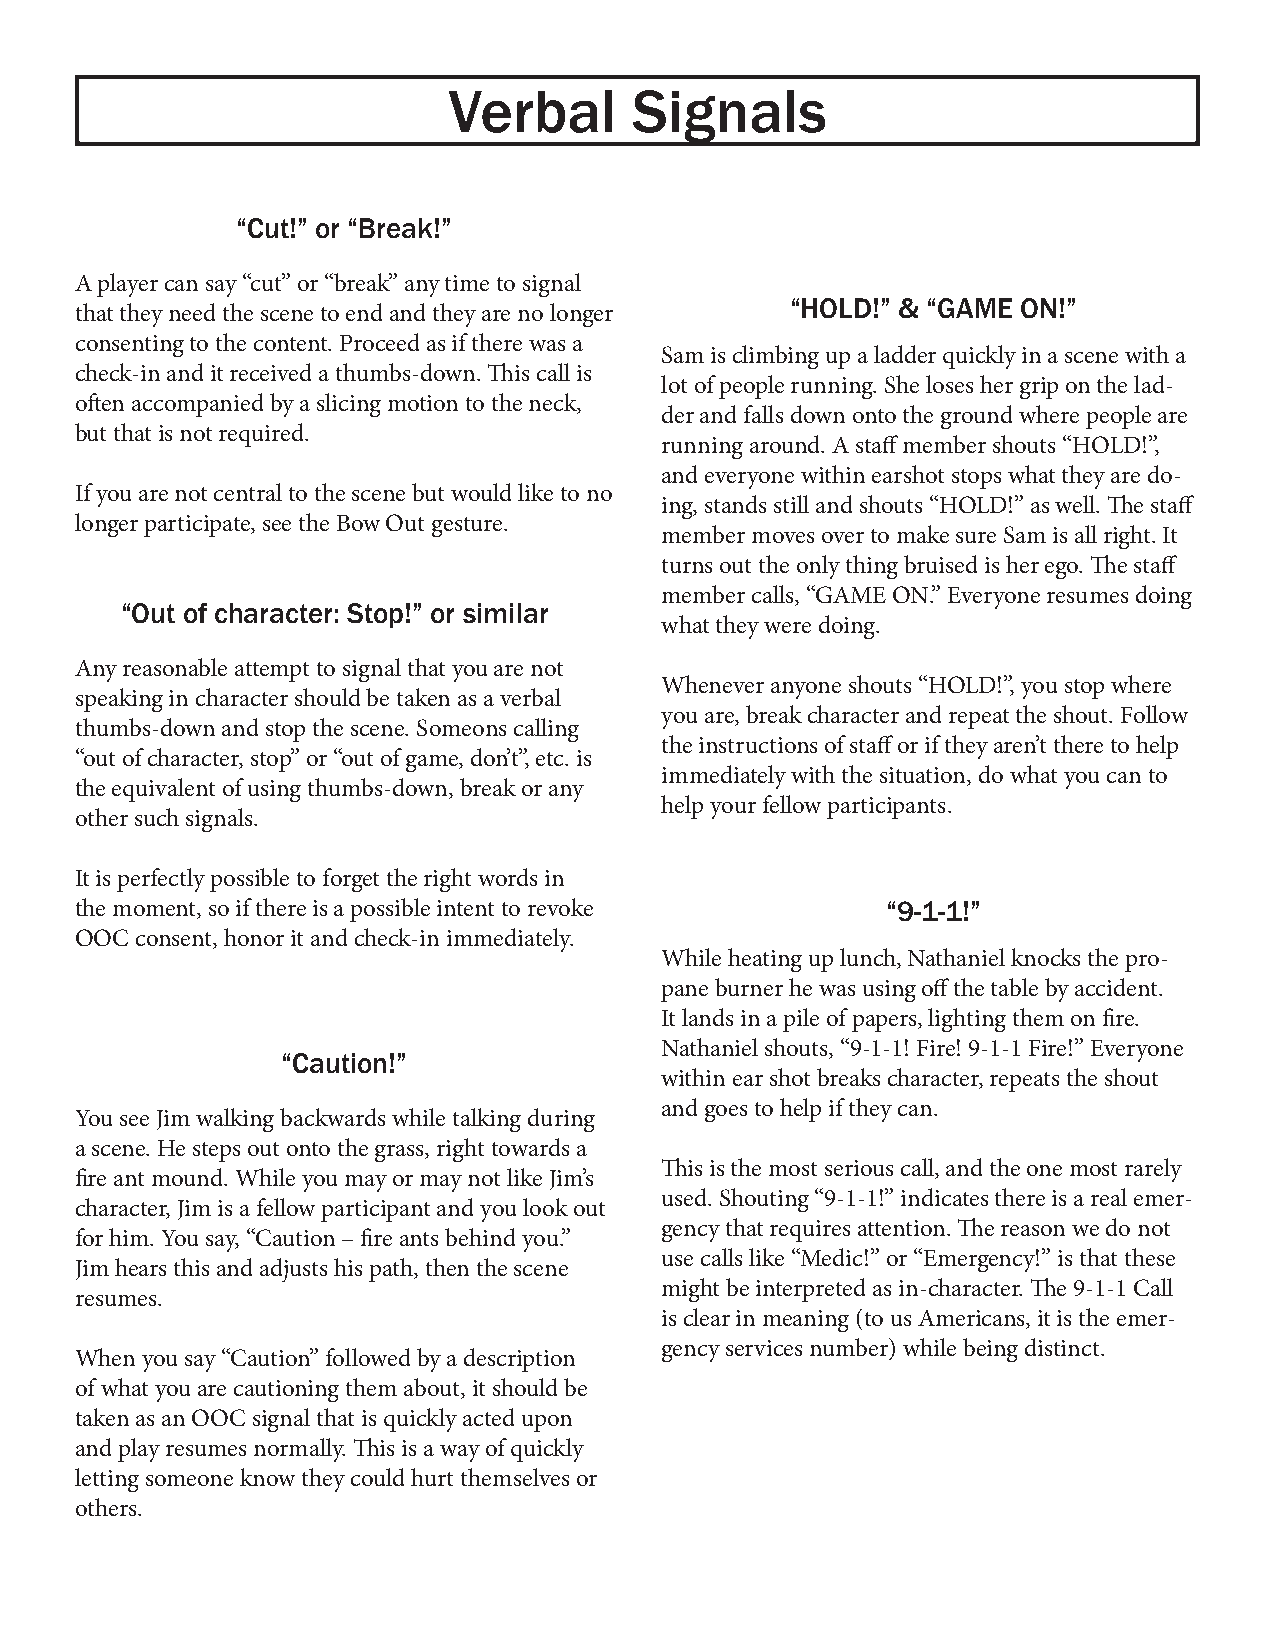
Verbal      Signals
 “Cut!” or “Break!”
 A player can say “cut” or “break” any time to signal
 “HOLD!” & “GAME ON!”
 that they need the scene to end and they are no longer
 consenting to the content. Proceed as if there was a
 Sam is climbing up a ladder quickly in a scene with a
 check-in and it received a thumbs-down. This call is
 lot of people running. She loses her grip on the lad-
 often accompanied by a slicing motion to the neck,
 der and falls down onto the ground where people are
 but that is not required.
 running around. A staff member shouts “HOLD!”,
 and everyone within earshot stops what they are do-
 If you are not central to the scene but would like to no
 ing, stands still and shouts “HOLD!” as well. The staff
 longer participate, see the Bow Out gesture.
 member moves over to make sure Sam is all right. It
 turns out the only thing bruised is her ego. The staff
 member calls, “GAME ON.” Everyone resumes doing
 “Out of character: Stop!” or similar
 what they were doing.
 Any reasonable attempt to signal that you are not
 Whenever anyone shouts “HOLD!”, you stop where
 speaking in character should be taken as a verbal
 you are, break character and repeat the shout. Follow
 thumbs-down and stop the scene. Someons calling
 the instructions of staff or if they aren’t there to help
 “out of character, stop” or “out of game, don’t”, etc. is
 immediately with the situation, do what you can to
 the equivalent of using thumbs-down, break or any
 help your fellow participants.
 other such signals.
 It is perfectly possible to forget the right words in
 the moment, so if there is a possible intent to revoke “9-1-1!”
 OOC consent, honor it and check-in immediately.
 While heating up lunch, Nathaniel knocks the pro-
 pane burner he was using off the table by accident.
 It lands in a pile of papers, lighting them on fire.
 Nathaniel shouts, “9-1-1! Fire! 9-1-1 Fire!” Everyone
 “Caution!”
 within ear shot breaks character, repeats the shout
 and goes to help if they can.
 You see Jim walking backwards while talking during
 a scene. He steps out onto the grass, right towards a
 This is the most serious call, and the one most rarely
 fire ant mound. While you may or may not like Jim’s
 used. Shouting “9-1-1!” indicates there is a real emer-
 character, Jim is a fellow participant and you look out
 gency that requires attention. The reason we do not
 for him. You say, “Caution – fire ants behind you.”
 use calls like “Medic!” or “Emergency!” is that these
 Jim hears this and adjusts his path, then the scene
 might be interpreted as in-character. The 9-1-1 Call
 resumes.
 is clear in meaning (to us Americans, it is the emer-
 gency services number) while being distinct.
 When you say “Caution” followed by a description
 of what you are cautioning them about, it should be
 taken as an OOC signal that is quickly acted upon
 and play resumes normally. This is a way of quickly
 letting someone know they could hurt themselves or
 others.